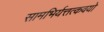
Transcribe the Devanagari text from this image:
सामभिर्यत्तत्कवयो